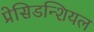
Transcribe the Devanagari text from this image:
प्रेसिडन्शियल